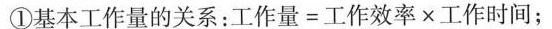
①基本工作量的关系：$$工 作 量 = 工 作 效 率 × 工 作 时 间$$；